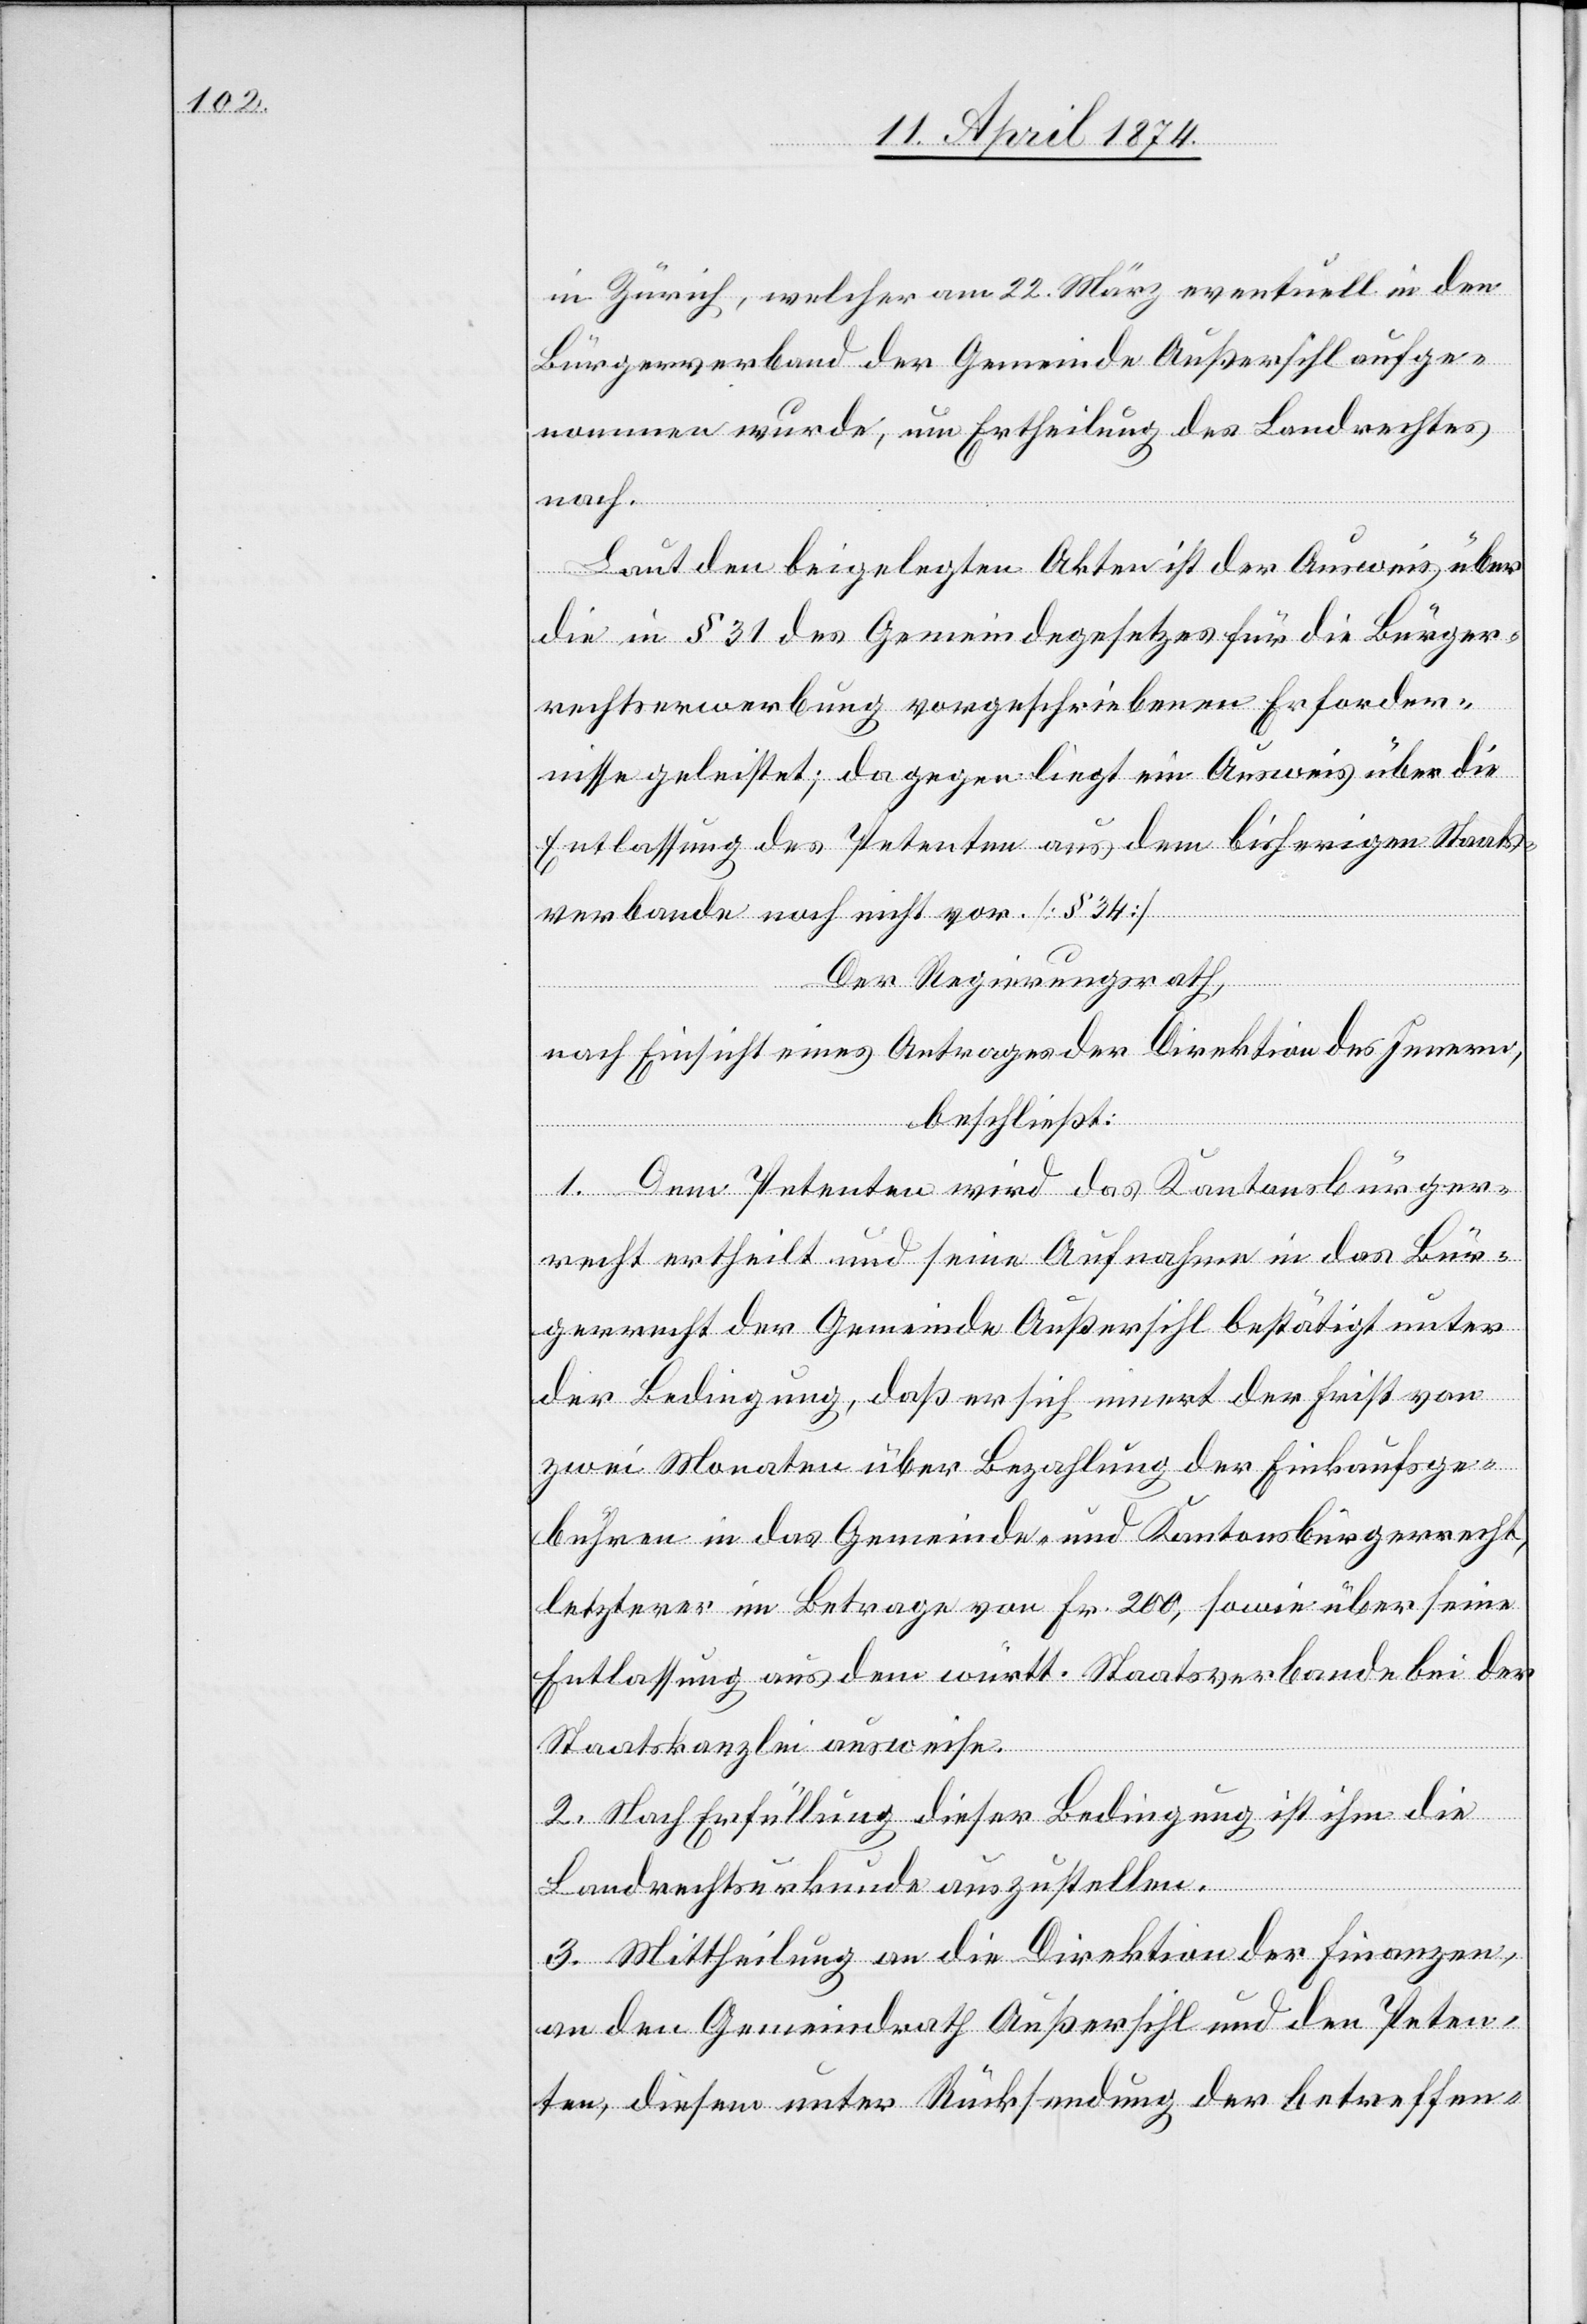
in Zürich, welcher am 22. März eventuell in den
Bürgerverband der Gemeinde Außersihl aufge¬
nommen wurde, um Ertheilung des Landrechtes
nach.
Laut den beigelegten Akten ist der Ausweis über
die in § 31 des Gemeindegesetzes für die Bürger¬
rechtserwerbung vorgeschriebenen Erforder¬
nisse geleistet; dagegen liegt ein Ausweis über die
Entlassung des Petenten aus dem bisherigen Staats¬
verbande noch nicht vor. [§ 34]
Der Regierungsrath,
nach Einsicht eines Antrages der Direktion des Innern,
beschließt:
1. Dem Petenten wird das Kantonsbürger¬
recht ertheilt und seine Aufnahme in das Bür¬
gerrecht der Gemeinde Außersihl bestätigt unter
der Bedingung, daß er sich innert der Frist von
zwei Monaten über Bezahlung der Einkaufsge¬
bühren in das Gemeinde- und Kantonsbürgerrecht,
letzterer im Betrage von Fr. 200, sowie über seine
Entlassung aus dem württ. Staatsverbande bei der
Staatskanzlei ausweise.
2. Nach Erfüllung dieser Bedingung ist ihm die
Landrechtsurkunde auszustellen.
3. Mittheilung an die Direktion der Finanzen,
an den Gemeindrath Außersihl und den Peten¬
ten, diesem unter Rücksendung der betreffen-